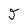
Character: J